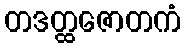
တဒတ္ထဇောတကံ